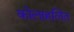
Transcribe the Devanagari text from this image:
कोलाहलित